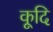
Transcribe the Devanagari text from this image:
कूदि